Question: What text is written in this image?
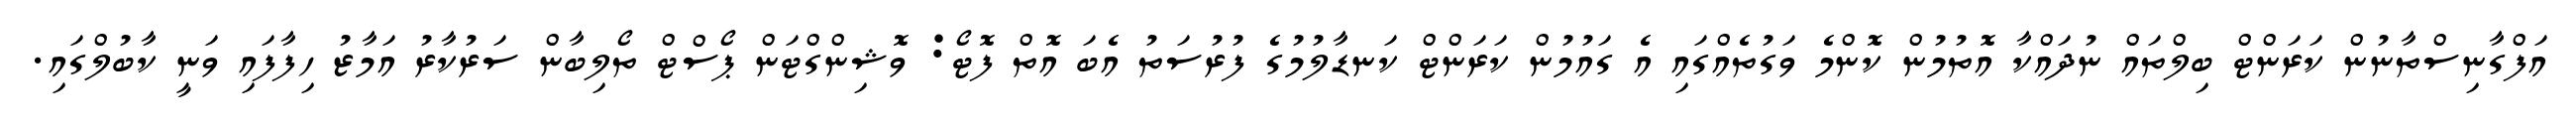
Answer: އަފްގާނިސްތާނުން ކަރަންޓް ބިލްތައް ނުދައްކާ އޮތުމުން ކޮންމެ ވަގުތެއްގައި އެ ގައުމުން ކަރަންޓް ކަނޑާލުމުގެ ފުރުސަތު އެބަ އޮތް ފޮޓޯ: ވޮޝިންގްޓަން ޕޯސްޓް ތޯލިބާން ސަރުކާރު އަމާޒު ހިފާފައި ވަނީ ކާބުލްގައި.